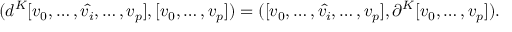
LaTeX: ( d ^ { K } [ v _ { 0 } , \dots , \hat { v _ { i } } , \dots , v _ { p } ] , [ v _ { 0 } , \dots , v _ { p } ] ) = ( [ v _ { 0 } , \dots , \hat { v _ { i } } , \dots , v _ { p } ] , \partial ^ { K } [ v _ { 0 } , \dots , v _ { p } ] ) .